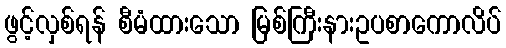
ဖွင့်လှစ်ရန် စီမံထားသော မြစ်ကြီးနားဥပစာကောလိပ်